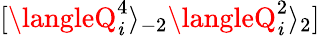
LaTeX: [\langleQ_{\mathit{i}}^{4}\rangle_{-2}\langleQ_{\mathit{i}}^{2}\rangle_{2}]